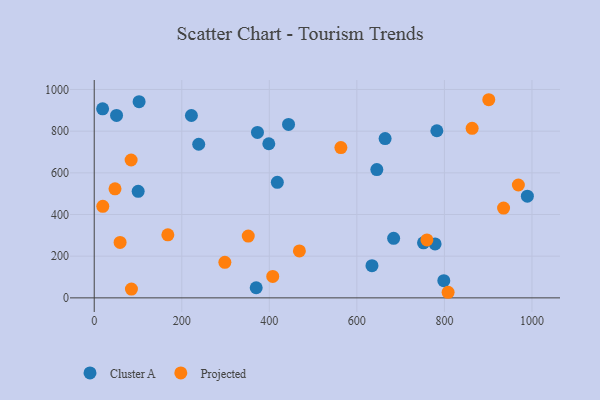
{"axis": {"x": "Ad Spend", "y": "Fuel Efficiency"}, "legend": ["Cluster A", "Projected"], "data": [{"x": "645.6", "y": 615.5, "type": "Cluster A"}, {"x": "418.3", "y": 554.6, "type": "Cluster A"}, {"x": "989.5", "y": 488.1, "type": "Cluster A"}, {"x": "102.5", "y": 941.4, "type": "Cluster A"}, {"x": "222.0", "y": 875.1, "type": "Cluster A"}, {"x": "634.5", "y": 154.3, "type": "Cluster A"}, {"x": "100.4", "y": 511.4, "type": "Cluster A"}, {"x": "778.7", "y": 258.7, "type": "Cluster A"}, {"x": "782.7", "y": 801.8, "type": "Cluster A"}, {"x": "664.5", "y": 764.3, "type": "Cluster A"}, {"x": "238.7", "y": 737.2, "type": "Cluster A"}, {"x": "19.2", "y": 907.0, "type": "Cluster A"}, {"x": "443.9", "y": 832.2, "type": "Cluster A"}, {"x": "372.9", "y": 794.0, "type": "Cluster A"}, {"x": "398.8", "y": 739.5, "type": "Cluster A"}, {"x": "51.0", "y": 875.3, "type": "Cluster A"}, {"x": "752.2", "y": 264.2, "type": "Cluster A"}, {"x": "798.6", "y": 82.7, "type": "Cluster A"}, {"x": "370.0", "y": 48.5, "type": "Cluster A"}, {"x": "684.0", "y": 285.7, "type": "Cluster A"}, {"x": "407.8", "y": 102.8, "type": "Projected"}, {"x": "968.9", "y": 541.6, "type": "Projected"}, {"x": "84.3", "y": 661.6, "type": "Projected"}, {"x": "298.4", "y": 170.5, "type": "Projected"}, {"x": "168.2", "y": 302.3, "type": "Projected"}, {"x": "808.4", "y": 26.8, "type": "Projected"}, {"x": "901.3", "y": 950.8, "type": "Projected"}, {"x": "563.5", "y": 721.0, "type": "Projected"}, {"x": "351.9", "y": 296.4, "type": "Projected"}, {"x": "760.0", "y": 277.8, "type": "Projected"}, {"x": "59.1", "y": 266.0, "type": "Projected"}, {"x": "19.6", "y": 439.3, "type": "Projected"}, {"x": "85.0", "y": 42.0, "type": "Projected"}, {"x": "468.7", "y": 225.0, "type": "Projected"}, {"x": "863.3", "y": 813.4, "type": "Projected"}, {"x": "47.5", "y": 523.3, "type": "Projected"}, {"x": "935.1", "y": 431.0, "type": "Projected"}]}